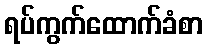
ရပ်ကွက်ထောက်ခံစာ